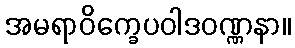
အမရာဝိက္ခေပဝါဒဝဏ္ဏနာ။